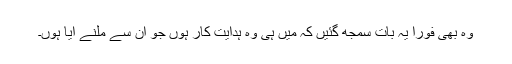
وہ بھی فوراً یہ بات سمجھ گئیں کہ میں ہی وہ ہدایت کار ہوں جو ان سے ملنے آیا ہوں۔